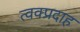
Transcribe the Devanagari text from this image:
त्वक्प्रदाह